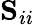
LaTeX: \mathbf{S}_{ii}